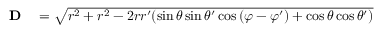
\begin{array} { r l } { { \mathbf { D } } } & { { } = { \sqrt { r ^ { 2 } + r ^ { 2 } - 2 r r ^ { \prime } ( \sin { \theta } \sin { \theta ^ { \prime } } \cos { ( \varphi - \varphi ^ { \prime } ) } + \cos { \theta } \cos { \theta ^ { \prime } } ) } } } \end{array}